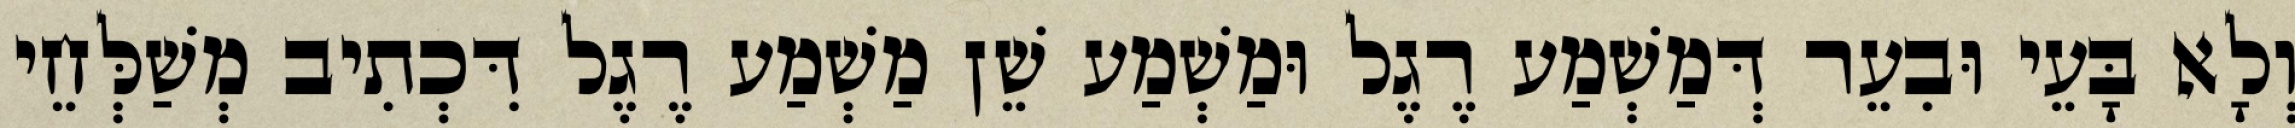
וְלָא בָּעֵי וּבִעֵר דְּמַשְׁמַע רֶגֶל וּמַשְׁמַע שֵׁן מַשְׁמַע רֶגֶל דִּכְתִיב מְשַׁלְּחֵי